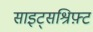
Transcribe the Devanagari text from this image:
साइट्सश्रिफ़्ट